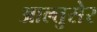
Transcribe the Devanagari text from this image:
आल्तुसेर